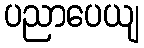
ပညာပေယျ